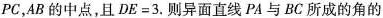
PC，AB的中点，且$$DE=3$$.则异面直线PA与BC所成的角的